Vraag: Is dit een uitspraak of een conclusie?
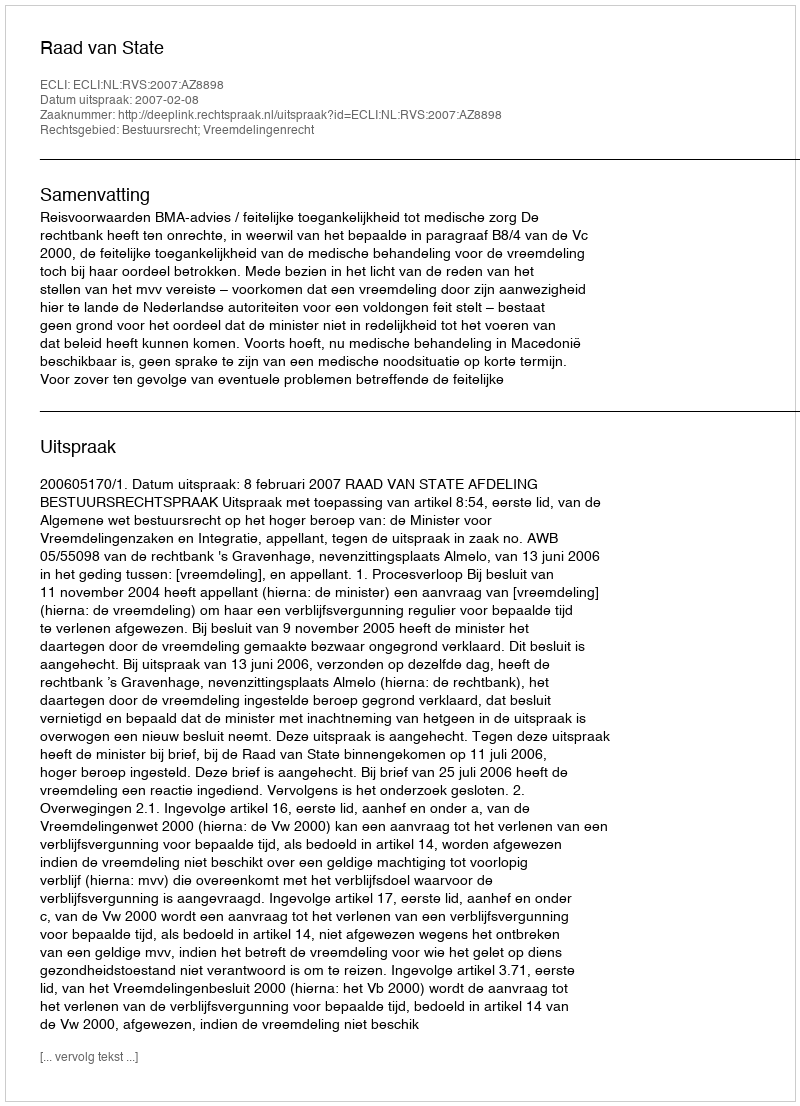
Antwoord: Uitspraak